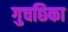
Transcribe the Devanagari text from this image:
गुचछिका